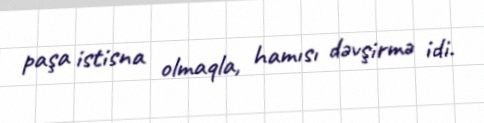
paşa istisna olmaqla, hamısı dəvşirmə idi.